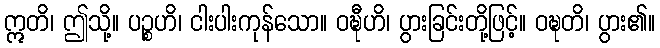
ဣတိ၊ ဤသို့။ ပဉ္စဟိ၊ ငါးပါးကုန်သော။ ဝဍ္ဎီဟိ၊ ပွားခြင်းတို့ဖြင့်။ ဝဍ္ဎတိ၊ ပွား၏။